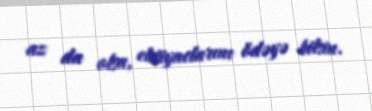
az da olsa, ehtiyaclarını ödəyə bilsin.